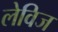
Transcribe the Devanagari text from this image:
लेविज